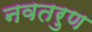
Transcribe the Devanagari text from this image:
नवतरुण